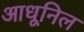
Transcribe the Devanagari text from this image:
आधूनिल